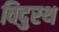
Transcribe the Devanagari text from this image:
विदुरथ